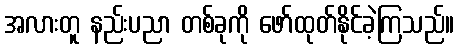
အလားတူ နည်းပညာ တစ်ခုကို ဖော်ထုတ်နိုင်ခဲ့ကြသည်။